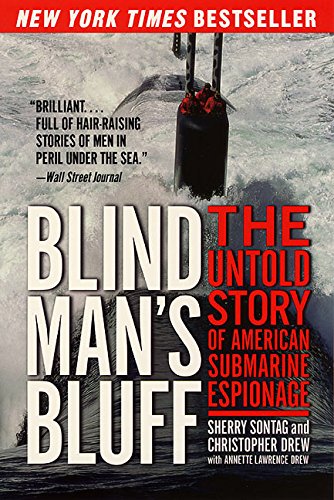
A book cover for Blind Man's Bluff: The Untold Story of American Submarine Espionage; Sherry Sontag; History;